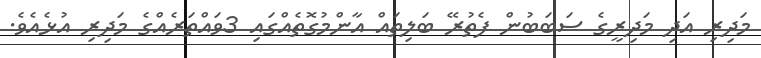
މަދިރި އަދި މަދިރީގެ ސަބަބުން ފެތުރޭ ބަލިތައް އާންމުގޮތެއްގައި 3ވައްތަރެއްގެ މަދިރި އުޅެއެވެ.